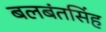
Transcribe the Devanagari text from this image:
बलबंतसिंह